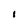
Character: i